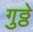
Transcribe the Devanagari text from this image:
गुठ्ठे